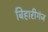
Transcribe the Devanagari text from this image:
बिहारीगंज